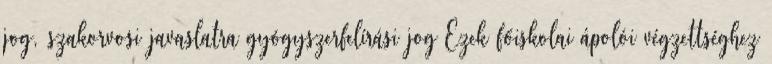
jog, szakorvosi javaslatra gyógyszerfelírási jog Ezek főiskolai ápolói végzettséghez